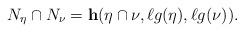
LaTeX: \begin{align*}N_{\eta} \cap N_{\nu} = {\bf h}(\eta \cap \nu,\ell g(\eta),\ell g(\nu)).\end{align*}